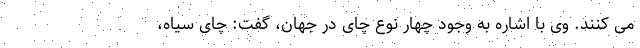
می کنند. وی با اشاره به وجود چهار نوع چای در جهان، گفت: چای سیاه،